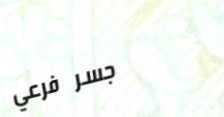
جسر فرعي